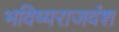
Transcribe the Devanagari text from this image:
भविष्यराजवंश